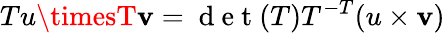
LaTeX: Tu\timesT\mathbf{v}=\mathrm{{~d~e~t~}}(T)T^{-T}(u\times\mathbf{v})